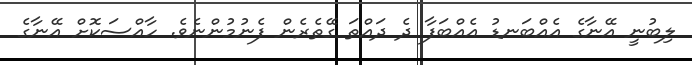
ލިބުނީ އޭނާގެ އެއްބަނޑު އެއްބަފާ ދެ ދައްތަ ގޭތެރެން ފެނުމުންނެވެ. ހާއްސަކޮށް އޭނާގެ